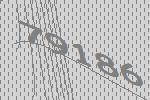
79186